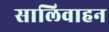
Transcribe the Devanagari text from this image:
सालिवाहन